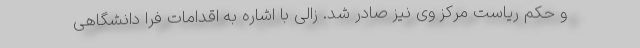
و حکم ریاست مرکز وی نیز صادر شد. زالی با اشاره به اقدامات فرا دانشگاهی